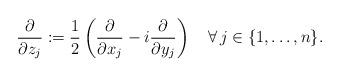
LaTeX: \begin{align*}\frac{\partial}{\partial z_j}:=\frac{1}{2}\left(\frac{\partial}{\partial x_j}-i\frac{\partial}{\partial y_j}\right)\quad\forall\, j\in\{1,\ldots, n\}.\end{align*}